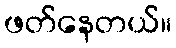
ဖတ်နေတယ်။